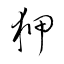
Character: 狎